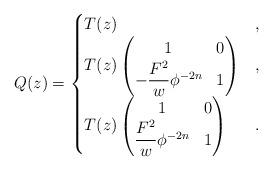
LaTeX: \begin{align*}Q(z)=\begin{cases}T(z) & ,\\T(z)\left(\begin{matrix}1& 0 \\- \dfrac{F^2}{w} \phi^{-2n} & 1\end{matrix}\right) & ,\\T(z)\left(\begin{matrix}1& 0 \\ \dfrac{F^2}{w} \phi^{-2n} & 1\end{matrix}\right) & .\end{cases}\end{align*}